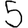
Digit: 5